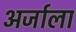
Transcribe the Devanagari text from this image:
अर्जाला